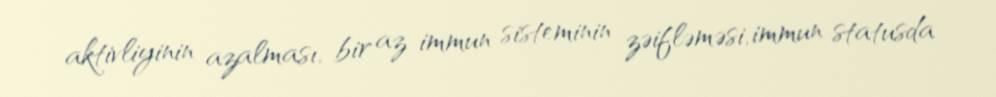
aktivliyinin azalması, bir az immun sisteminin zəifləməsi, immun statusda